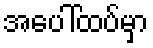
အပေါ်ထပ်မှာ